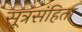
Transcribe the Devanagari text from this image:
सूत्रसंहिता